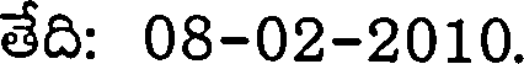
తేదిః 08-02-2010.